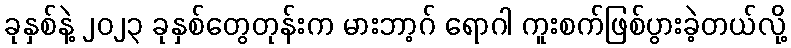
ခုနှစ်နဲ့ ၂၀၂၃ ခုနှစ်တွေတုန်းက မားဘာ့ဂ် ရောဂါ ကူးစက်ဖြစ်ပွားခဲ့တယ်လို့